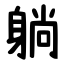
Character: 躺